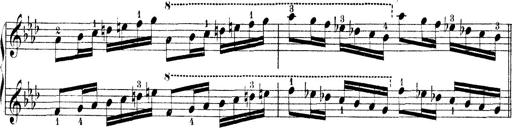
Title: Technische Studien
Composer: Franz Liszt